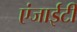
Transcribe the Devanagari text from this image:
एंजाईटी